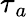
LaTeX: \tau{_a}